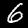
Digit: 6